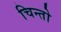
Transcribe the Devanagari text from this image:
चिन्तो